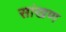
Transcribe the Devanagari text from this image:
सांखण